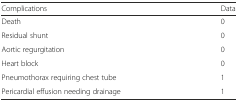
<table><thead><tr><td><b>Complications</b></td><td><b>Data</b></td></tr></thead><tbody><tr><td>Death</td><td>0</td></tr><tr><td>Residual shunt</td><td>0</td></tr><tr><td>Aortic regurgitation</td><td>0</td></tr><tr><td>Heart block</td><td>0</td></tr><tr><td>Pneumothorax requiring chest tube</td><td>1</td></tr><tr><td>Pericardial effusion needing drainage</td><td>1</td></tr></tbody></table>